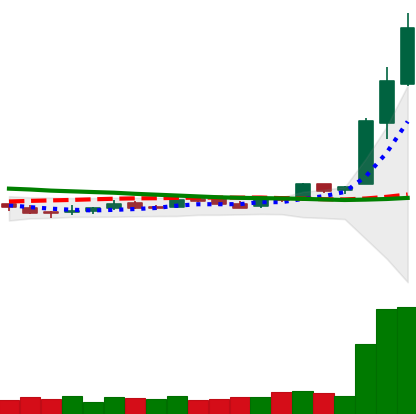
Ticker: LTC-USD
Chart end date: 2016-04-26
Forward return: -8.419%
Label: down_7plus